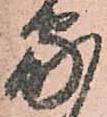
家